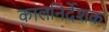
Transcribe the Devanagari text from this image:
कालनिर्देशक